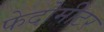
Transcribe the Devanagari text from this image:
फेदोमीटर